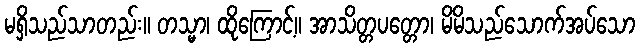
မရှိသည်သာတည်း။ တသ္မာ၊ ထိုကြောင့်။ အာသိတ္တပတ္တော၊ မိမိသည်သောက်အပ်သော